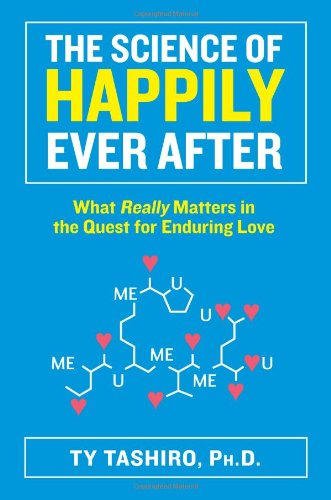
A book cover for The Science of Happily Ever After: What Really Matters in the Quest for Enduring Love; Ty Tashiro; Self-Help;